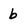
Character: b